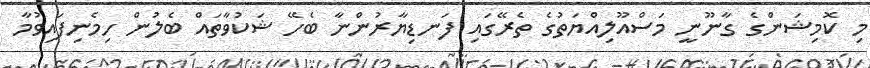
މި ކޮމިޝަންގެ ގާނޫނީ މަސްއޫލިއްޔަތުގެ ތެރޭގައި ފަނޑިޔާރުންނާ ބެހޭ ޝަކުވާތައް ބެލުން ހިމެނިފައިވުމާ